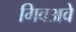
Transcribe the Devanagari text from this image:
गिवअवे